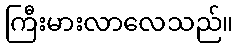
ကြီးမားလာလေသည်။